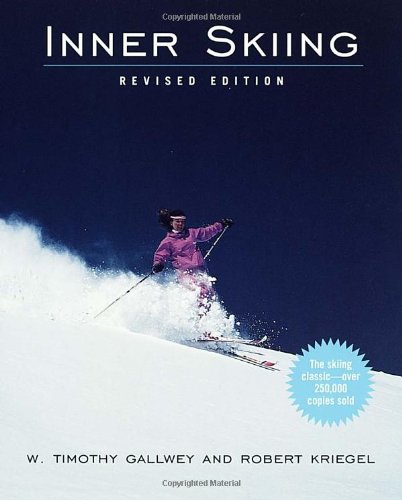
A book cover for Inner Skiing: Revised Edition; W. Timothy Gallwey; Sports & Outdoors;